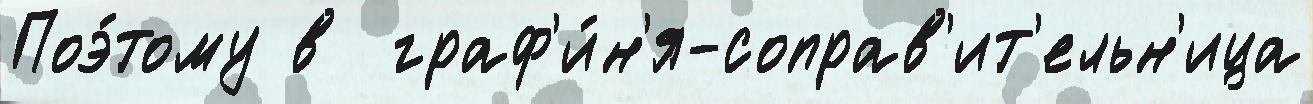
Поэ́тому в  граф'и́н'я-соправ'ит'ельн'ица